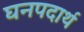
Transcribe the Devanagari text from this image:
घनपदार्थ